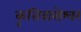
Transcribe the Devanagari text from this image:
कृत्तिवासेश्वर